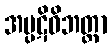
အပ္ပဋိဝိဘတ္တာ